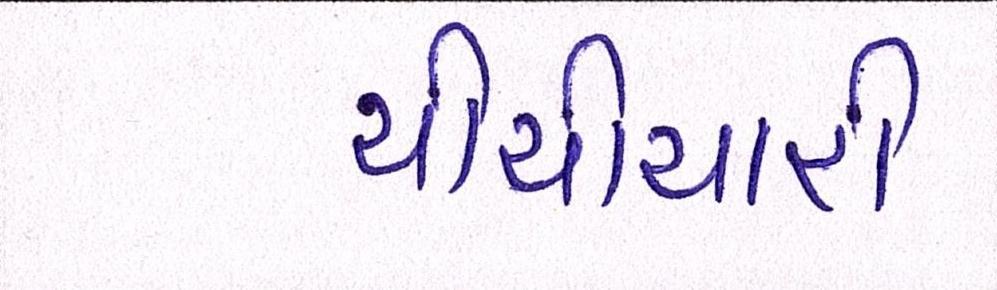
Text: ચીચીયારી